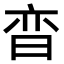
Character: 𬁢